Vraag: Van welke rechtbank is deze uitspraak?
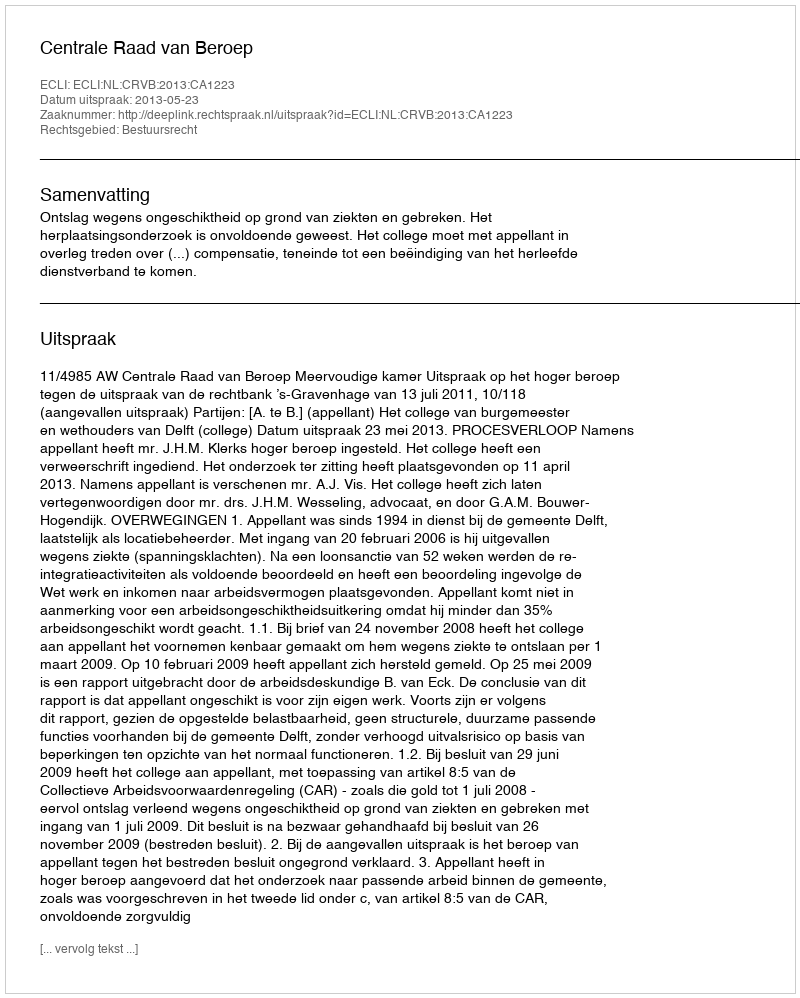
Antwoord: Centrale Raad van Beroep